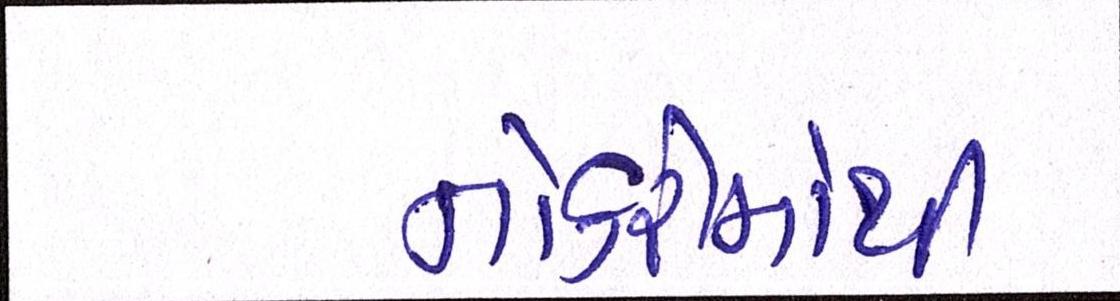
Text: નોકરીમાંથી